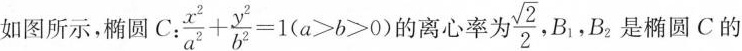
如图所示，椭圆C : \frac{x^{2}}{a^{2}}+ \frac{y^{2}}{b^{2}}=1(a>b>0) 的离心率为 \frac{\sqrt{2}}{2}$$ B1，B。是椭圆C的